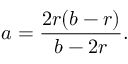
\displaystyle a = { \frac { 2 r ( b - r ) } { b - 2 r } } .